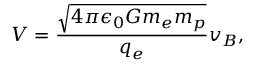
V = \frac { \sqrt { 4 \pi \epsilon _ { 0 } G m _ { e } m _ { p } } } { q _ { e } } v _ { B } ,